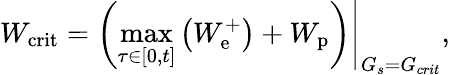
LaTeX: W_{\mathrm{crit}}=\left.\left(\operatorname*{max}_{\tau\in\left[0,t\right]}\left(W_{\mathrm{e}}^{+}\right)+W_{\mathrm{p}}\right)\right|_{G_{s}=G_{crit}},